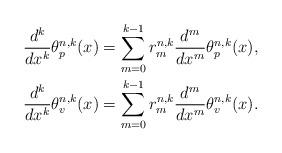
LaTeX: \begin{align*}\begin{gathered}\frac{d^k}{dx^k}\theta_{p}^{n,k}(x)=\sum_{m=0}^{k-1}r_{m}^{n,k}\frac{d^m}{dx^m}\theta_{p}^{n,k}(x),\\\frac{d^k}{dx^k}\theta_{v}^{n,k}(x)=\sum_{m=0}^{k-1}r_{m}^{n,k}\frac{d^m}{dx^m}\theta_{v}^{n,k}(x).\end{gathered}\end{align*}